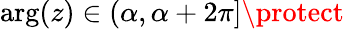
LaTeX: \arg(z)\in(\alpha,\alpha+2\pi]\protect